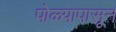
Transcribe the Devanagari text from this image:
पोळ्यापासून